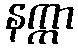
နက္ကာ